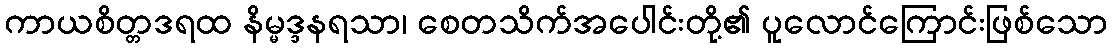
ကာယစိတ္တဒရထ နိမ္မဒ္ဒနရသာ၊ စေတသိက်အပေါင်းတို့၏ ပူလောင်ကြောင်းဖြစ်သော